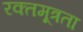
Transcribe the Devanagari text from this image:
रक्तमूत्रता